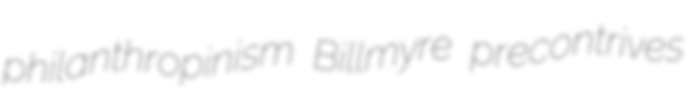
philanthropinism Billmyre precontrives